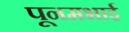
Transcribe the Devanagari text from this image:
पूनमभाई